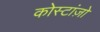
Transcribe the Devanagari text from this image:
कोस्टांज़ो